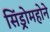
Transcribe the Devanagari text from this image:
सिंड्रोमहोने